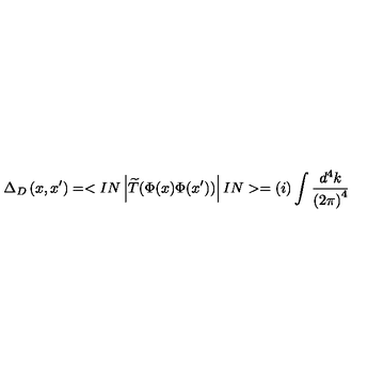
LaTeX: \Delta _ { D } \left( x , x ^ { \prime } \right) = < I N \left| \widetilde { T } ( \Phi ( x ) \Phi ( x ^ { \prime } ) ) \right| I N > = ( i ) \int \frac { d ^ { 4 } k } { \left( 2 \pi \right) ^ { 4 } }